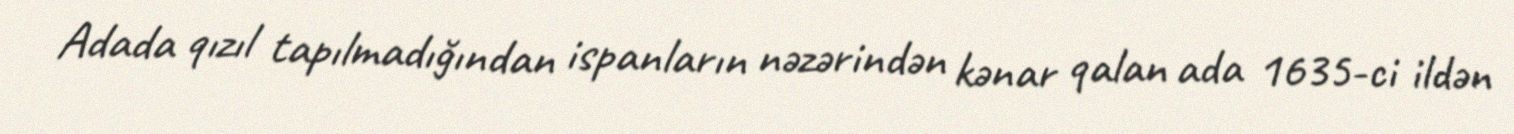
Adada qızıl tapılmadığından ispanların nəzərindən kənar qalan ada 1635-ci ildən